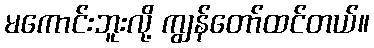
မကောင်းဘူးလို့ ကျွန်တော်ထင်တယ်။